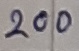
Text: 200